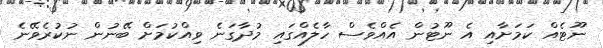
ނޫޓެއް ކަމަށާއި އެ ނޫޓުން އެއްވެސް ހާލެއްގައި މުދާގަނެ ވިއްކުމަށް ބޭނުން ނުކުރެވޭނެ